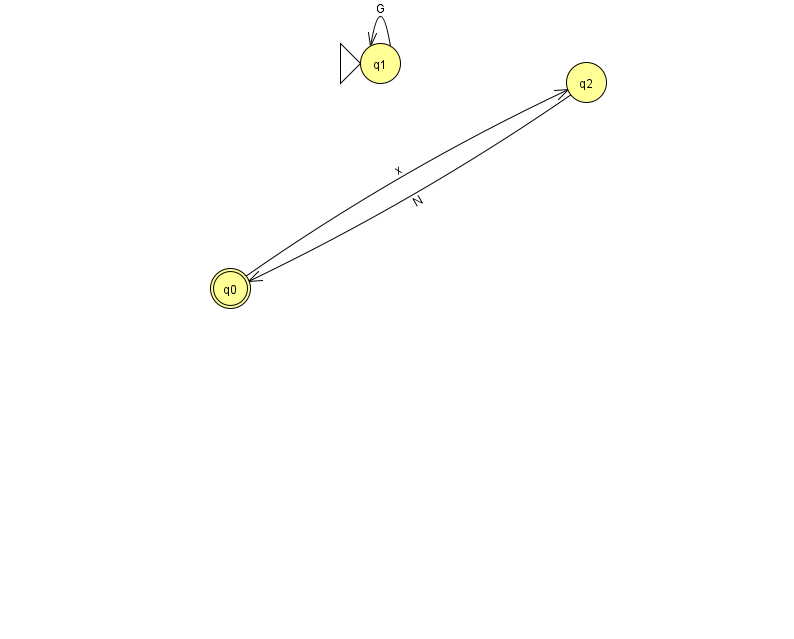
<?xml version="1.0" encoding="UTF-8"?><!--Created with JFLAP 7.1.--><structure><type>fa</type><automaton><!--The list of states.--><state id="0" name="q0"><x>230.0</x><y>275.0</y><final/></state><state id="1" name="q1"><x>380.0</x><y>50.0</y><initial/></state><state id="2" name="q2"><x>586.0</x><y>69.0</y></state><!--The list of transitions.--><transition><from>1</from><to>1</to><read>G</read></transition><transition><from>2</from><to>0</to><read>N</read></transition><transition><from>0</from><to>2</to><read>x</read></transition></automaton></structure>